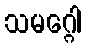
သမဂ္ဂေါ